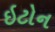
ઇટોન